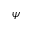
\psi